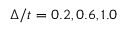
\Delta / t = 0 . 2 , 0 . 6 , 1 . 0